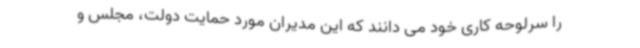
را سرلوحه کاری خود می دانند که این مدیران مورد حمایت دولت، مجلس و